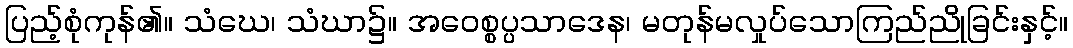
ပြည့်စုံကုန်၏။ သံဃေ၊ သံဃာ၌။ အဝေစ္စပ္ပသာဒေန၊ မတုန်မလှုပ်သောကြည်ညိုခြင်းနှင့်။